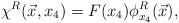
\begin{align*}\chi^R(\vec{x}, x_4) = F(x_4) \phi^R_{x_4}(\vec{x}),\end{align*}